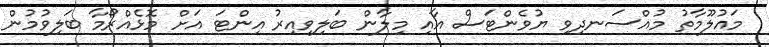
މައުލޫމާތު މުއްސަނދިވި ޔުވެންޓަސް އާއި މިލާން ބަލިވިއިރު އިންޓަ އަށް މޮޅެއްރޯމާ ބަލިވުމުން